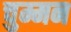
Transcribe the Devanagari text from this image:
चुम्मन